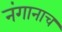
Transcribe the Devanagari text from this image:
नंगानाच